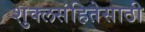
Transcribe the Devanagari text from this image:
शुक्लसंहितेसाठी